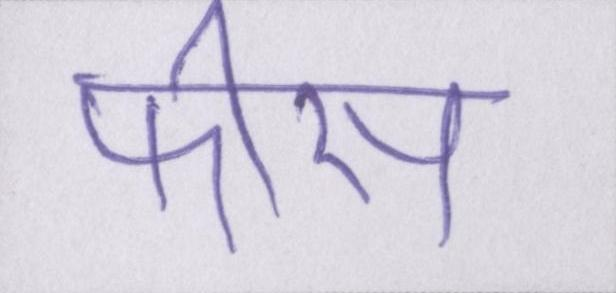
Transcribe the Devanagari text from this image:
फीस